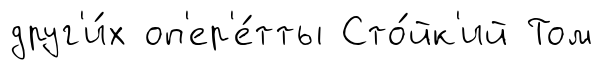
друг'и́х оп'ер'е́тты Сто́йк'ий Том